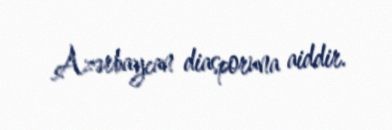
Azərbaycan diasporuna aiddir.